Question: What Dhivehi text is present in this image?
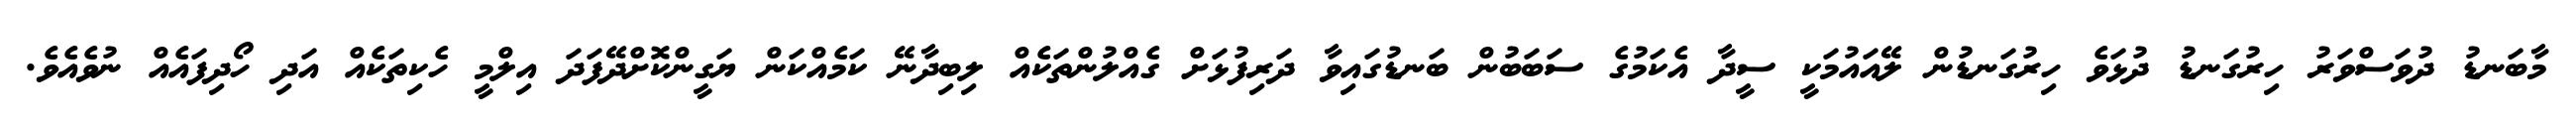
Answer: މާބަނޑު ދުވަސްވަރު ހިރުގަނޑު ދުޅަވެ ހިރުގަނޑުން ލޭއައުމަކީ ސީދާ އެކަމުގެ ސަބަބުން ބަނޑުގައިވާ ދަރިފުޅަށް ގެއްލުންތަކެއް ލިބިދާނޭ ކަމެއްކަން ޔަގީންކޮށްދޭފަދަ އިލްމީ ހެކިތަކެއް އަދި ހޯދިފައެއް ނުވެއެވެ.